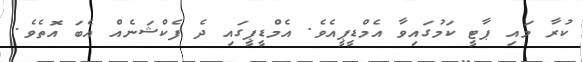
ކުރާ މައި ޕާޓީ ކަމުގައިވާ އެމްޑީޕީއެވެ. އެމްޑީޕީގައި ދެ ފެކްޝަނެއް އެބަ އޮތެވެ.